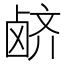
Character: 𲎊